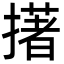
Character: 擆